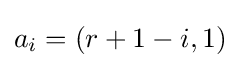
a_{i}=(r+1-i,1)